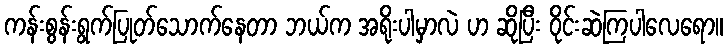
ကန်းစွန်းရွက်ပြုတ်သောက်နေတာ ဘယ်က အရိုးပါမှာလဲ ဟ ဆိုပြီး ဝိုင်းဆဲကြပါလေရော။